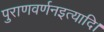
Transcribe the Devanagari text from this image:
पुराणवर्णनइत्यादि।